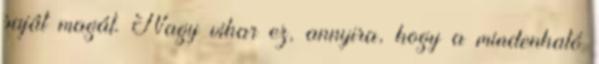
saját magát. Nagy vihar ez, annyira, hogy a mindenható